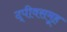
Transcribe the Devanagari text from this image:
द्पीवसमूह